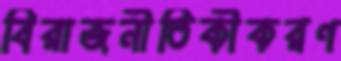
বিরাজনীতিকীকরণ